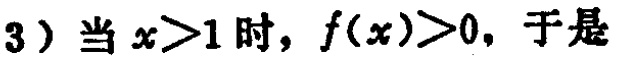
$3）当x > 1时，f(x)>0，于是$